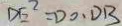
D E ^ { 2 } = D O \cdot D B